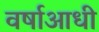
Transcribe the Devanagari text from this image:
वर्षाआधी